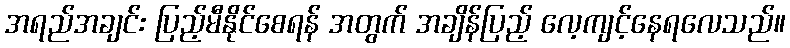
အရည်အချင်း ပြည့်မီနိုင်စေရန် အတွက် အချိန်ပြည့် လေ့ကျင့်နေရလေသည်။